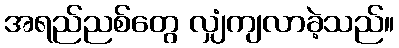
အရည်ညစ်တွေ လျှံကျလာခဲ့သည်။